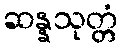
ဆန္နသုတ္တံ